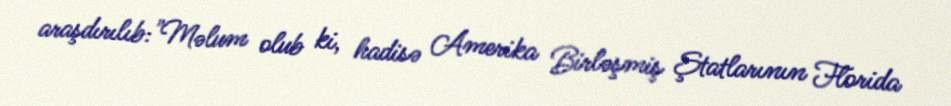
araşdırılıb:"Məlum olub ki, hadisə Amerika Birləşmiş Ştatlarının Florida